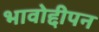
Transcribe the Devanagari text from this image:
भावोद्दीपन